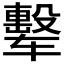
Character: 𰺟